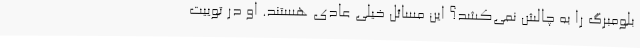
بلومبرگ را به چالش نمی‌کشد؟ این مسائل خیلی عادی هستند. او در توییت